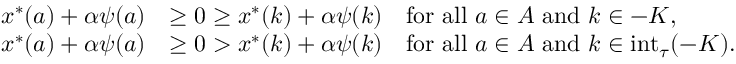
\begin{array} { r l } { x ^ { * } ( a ) + \alpha \psi ( a ) } & { \geq 0 \geq x ^ { * } ( k ) + \alpha \psi ( k ) \quad \mathrm { f o r ~ a l l ~ } a \in A \mathrm { ~ a n d ~ } k \in - K , } \\ { x ^ { * } ( a ) + \alpha \psi ( a ) } & { \geq 0 > x ^ { * } ( k ) + \alpha \psi ( k ) \quad \mathrm { f o r ~ a l l ~ } a \in A \mathrm { ~ a n d ~ } k \in \mathrm { i n t } _ { \tau } ( - K ) . } \end{array}